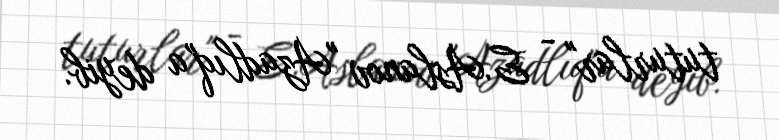
tuturlar" - E.Aslanov "Azadlıq"a deyib.